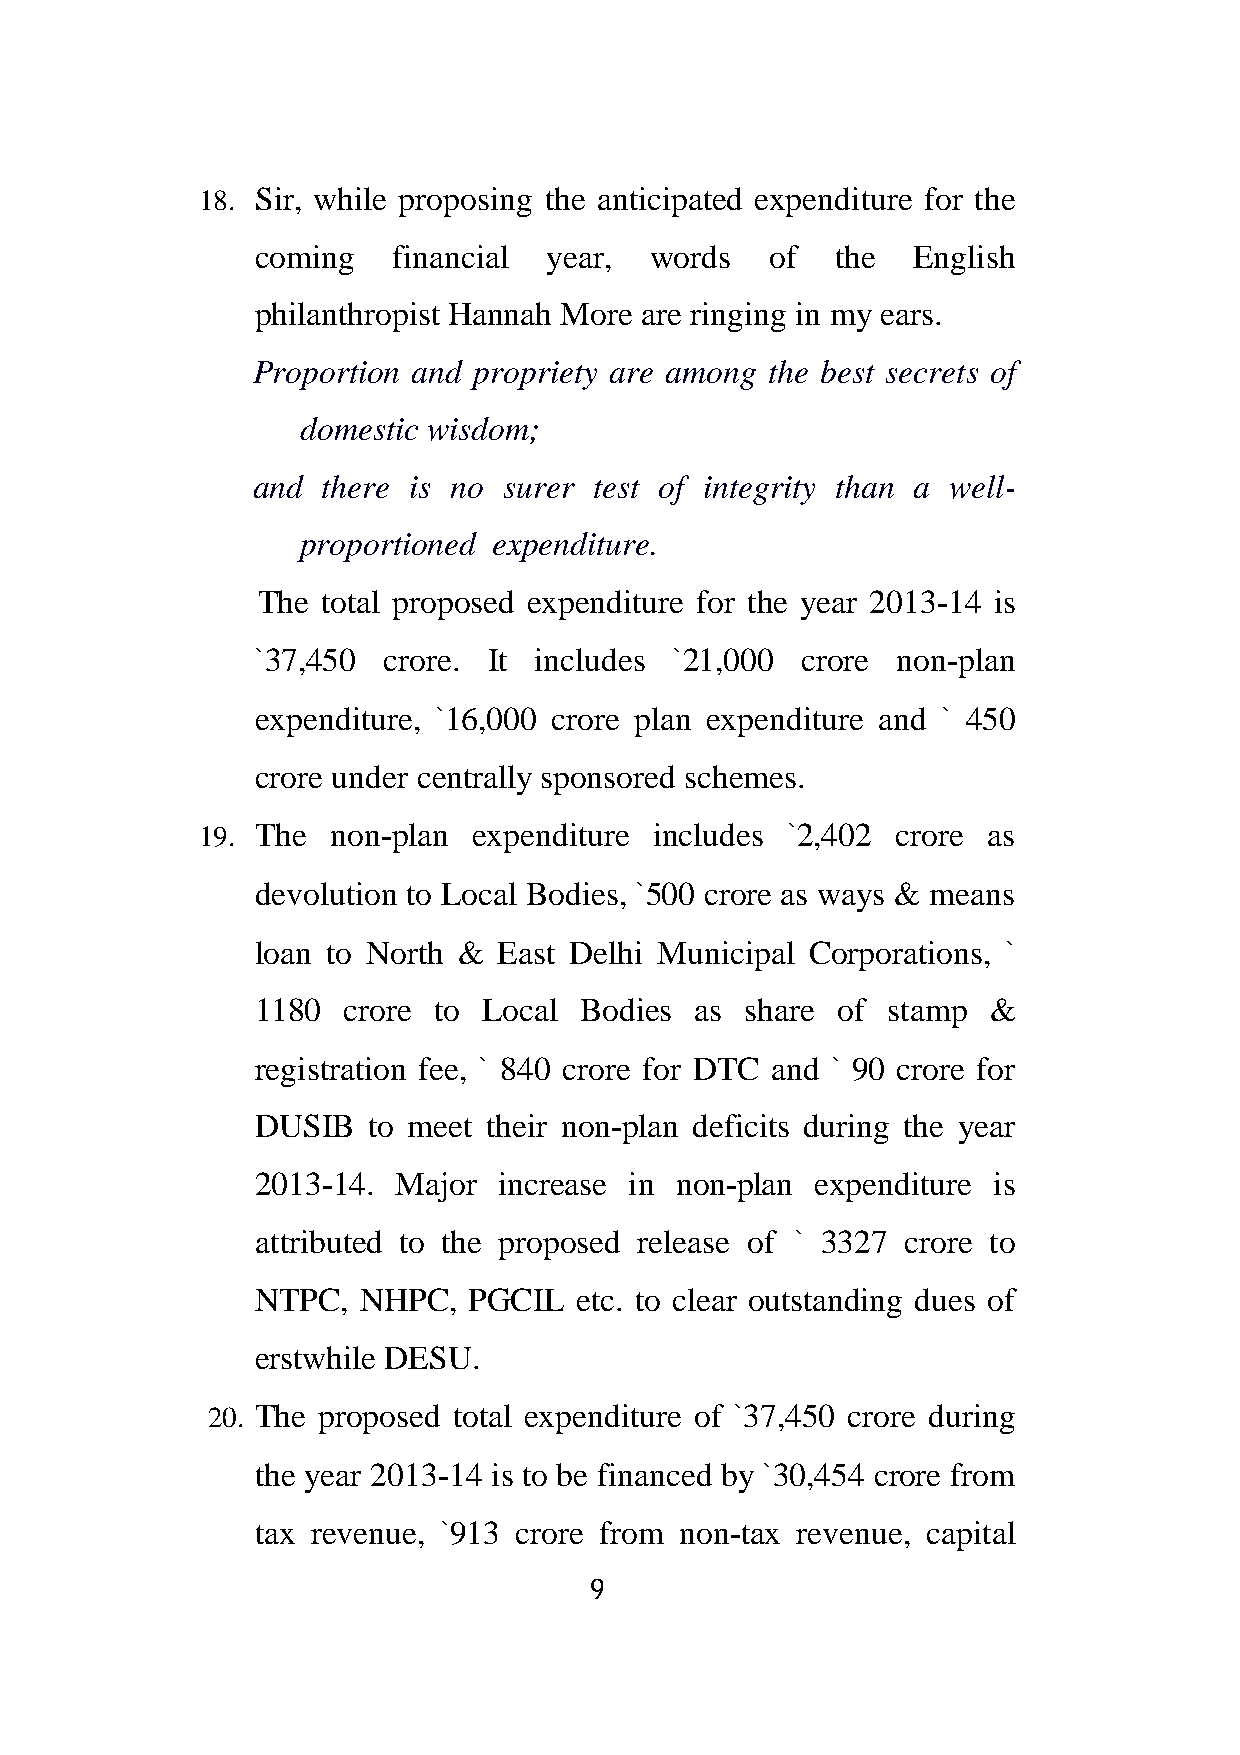
18. Sir, while proposing the anticipated expenditure for the
 coming   financial year,  words   of  the  English
 philanthropist Hannah More are ringing in my ears.
 Proportion and propriety are among the best secrets of
 domestic wisdom;
 and there is no surer test of integrity than a well-
 proportioned expenditure.
 The total proposed expenditure for the year 2013-14 is
 `37,450 crore. It includes  `21,000 crore non-plan
 expenditure, `16,000 crore plan expenditure and ` 450
 crore under centrally sponsored schemes.
 19. The  non-plan expenditure includes `2,402 crore as
 devolution to Local Bodies, `500 crore as ways & means
 loan to North & East Delhi Municipal Corporations, `
 1180  crore to Local Bodies  as share of  stamp &
 registration fee, ` 840 crore for DTC and ` 90 crore for
 DUSIB  to meet their non-plan deficits during the year
 2013-14. Major  increase in non-plan expenditure is
 attributed to the proposed release of ` 3327 crore to
 NTPC,  NHPC,  PGCIL  etc. to clear outstanding dues of
 erstwhile DESU.
 20. The proposed total expenditure of `37,450 crore during
 the year 2013-14 is to be financed by `30,454 crore from
 tax revenue, `913 crore from non-tax revenue, capital
 9